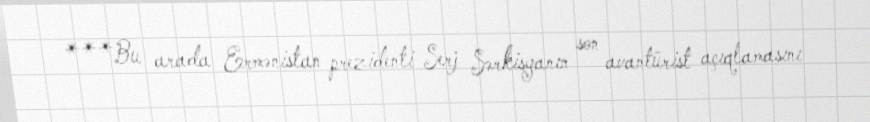
***Bu arada Ermənistan prezidenti Serj Sərkisyanın son avantürist açıqlamasını